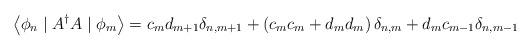
LaTeX: \begin{align*}\left\langle \phi _{n}\mid A^{\dagger }A\mid \phi _{m}\right\rangle=c_{m}d_{m+1}\delta _{n,m+1}+\left( c_{m}c_{m}+d_{m}d_{m}\right) \delta_{n,m}+d_{m}c_{m-1}\delta _{n,m-1} \end{align*}